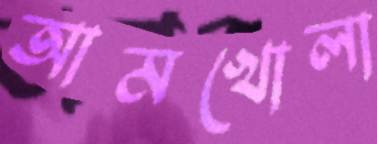
আমখোলা